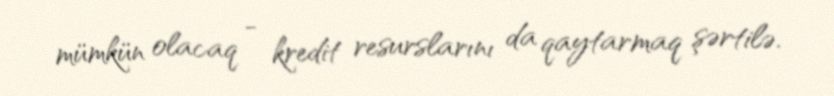
mümkün olacaq - kredit resurslarını da qaytarmaq şərtilə.